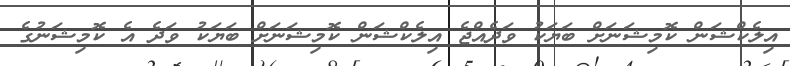
އިލެކްޝަން ކޮމިޝަނަށް ބަޔަކު ވަދެއްޖެ އިލެކްޝަން ކޮމިޝަނަށް ބަޔަކު ވަދެ އެ ކޮމިޝަނުގެ